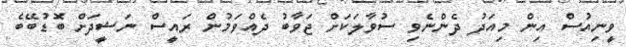
ވީނިއުސް އިން މިއަދު ދެންނެވި ސުވާލަކަށް ޖަވާބު ދެއްވަމުން ރައީސް ނަޝީދަށް ބޮޑުބޭބެ